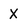
Character: X